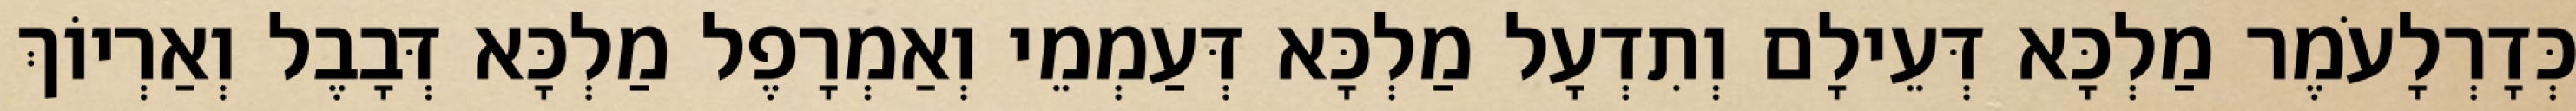
כְּדָרְלָעֹמֶר מַלְכָּא דְּעֵילָם וְתִדְעָל מַלְכָּא דְּעַמְמֵי וְאַמְרָפֶל מַלְכָּא דְּבָבֶל וְאַרְיוֹךְ